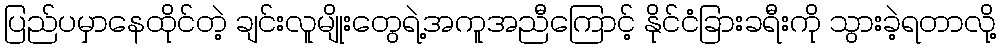
ပြည်ပမှာနေထိုင်တဲ့ ချင်းလူမျိုးတွေရဲ့အကူအညီကြောင့် နိုင်ငံခြားခရီးကို သွားခဲ့ရတာလို့